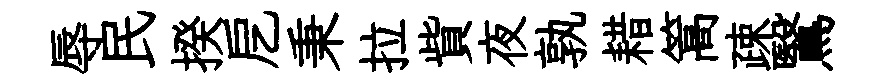
辱民揆戹秉拉貲夜孰耤篙疎鷖